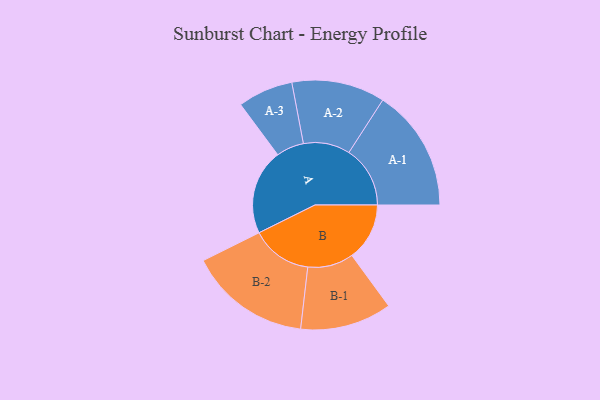
{"axis": {"x": "Segment", "y": "Value"}, "legend": ["", "A", "B"], "data": [{"x": "A", "y": 405, "type": ""}, {"x": "B", "y": 273, "type": ""}, {"x": "A-1", "y": 290, "type": "A"}, {"x": "A-2", "y": 221, "type": "A"}, {"x": "A-3", "y": 131, "type": "A"}, {"x": "B-1", "y": 217, "type": "B"}, {"x": "B-2", "y": 289, "type": "B"}]}